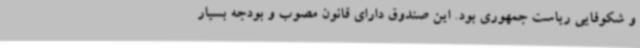
و شکوفایی ریاست جمهوری بود. این صندوق دارای قانون مصوب و بودجه بسیار